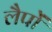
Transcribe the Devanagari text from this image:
लैपों